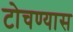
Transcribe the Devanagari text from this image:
टोचण्यास